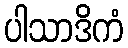
ပါသာဒိကံ